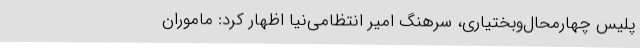
پلیس چهارمحال‌وبختیاری، سرهنگ امیر انتظامی‌نیا اظهار کرد: ماموران